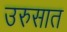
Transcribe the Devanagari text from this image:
उरुसात